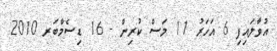
އުވާލައިފި 6 އަހަރު 11 މަސް ކުރިން - 16 ޑިސެމްބަރ 2010